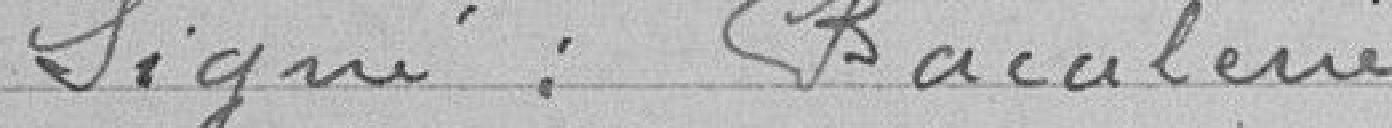
Signé : BACULERIE